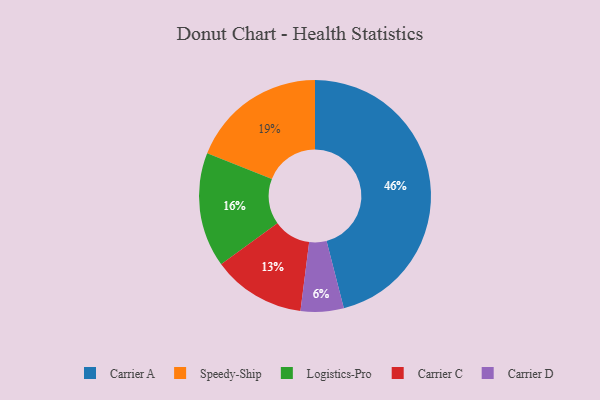
{"axis": {"x": "Category", "y": "Percentage"}, "legend": ["Carrier A", "Carrier C", "Carrier D", "Logistics-Pro", "Speedy-Ship"], "data": [{"x": "Carrier D", "y": 6, "type": "Carrier D"}, {"x": "Logistics-Pro", "y": 16, "type": "Logistics-Pro"}, {"x": "Carrier A", "y": 46, "type": "Carrier A"}, {"x": "Carrier C", "y": 13, "type": "Carrier C"}, {"x": "Speedy-Ship", "y": 19, "type": "Speedy-Ship"}]}